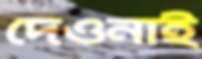
দেওনাই